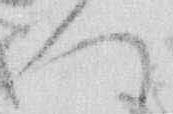
ハ